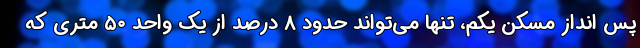
پس انداز مسکن یکم، تنها می‌تواند حدود ۸ درصد از یک واحد ۵۰ متری که